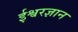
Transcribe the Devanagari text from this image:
ईश्वरज्ञान